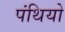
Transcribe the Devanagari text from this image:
पंथियो